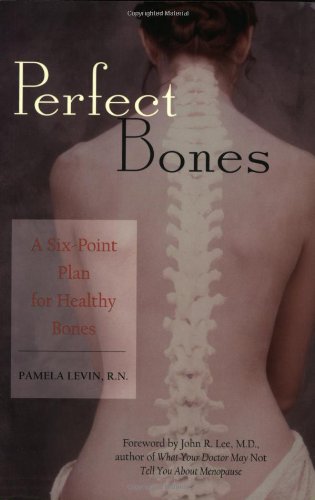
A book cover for Perfect Bones: A Six-Point Plan for Healthy Bones; Pamela Levin; Health, Fitness & Dieting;